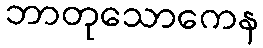
ဘာတုသောကေန